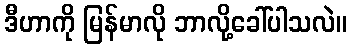
ဒီဟာကို မြန်မာလို ဘာလို့ခေါ်ပါသလဲ။